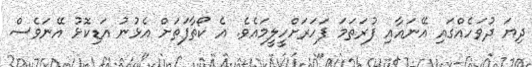
ދިޔަ ދުވަހެއްގައި އޭނައާއި ފުރަތަމަ ފަހަރަށްހީލީމައެވެ. އެ ކޯތާފަތަށް އެޅުނު އަޑިކޮޅު އޭނަވެސް